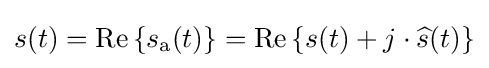
s(t)=\operatorname {Re} \left\{s_{\mathrm {a} }(t)\right\}=\operatorname {Re} \left\{s(t)+j\cdot {\widehat {s}}(t)\right\}